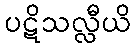
ပဋိသလ္လီယိ